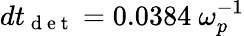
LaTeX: dt_{\mathrm{~d~e~t~}}=0.0384~\omega_{p}^{-1}